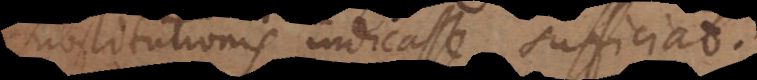
ubstitutionis indicasse sufficiat.